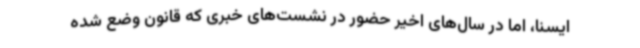
ایسنا، اما در سال‌های اخیر حضور در نشست‌های خبری که قانون وضع شده